Annual administration report of the Civil Veterinary Department of India - 1909-1910
Year: 1909
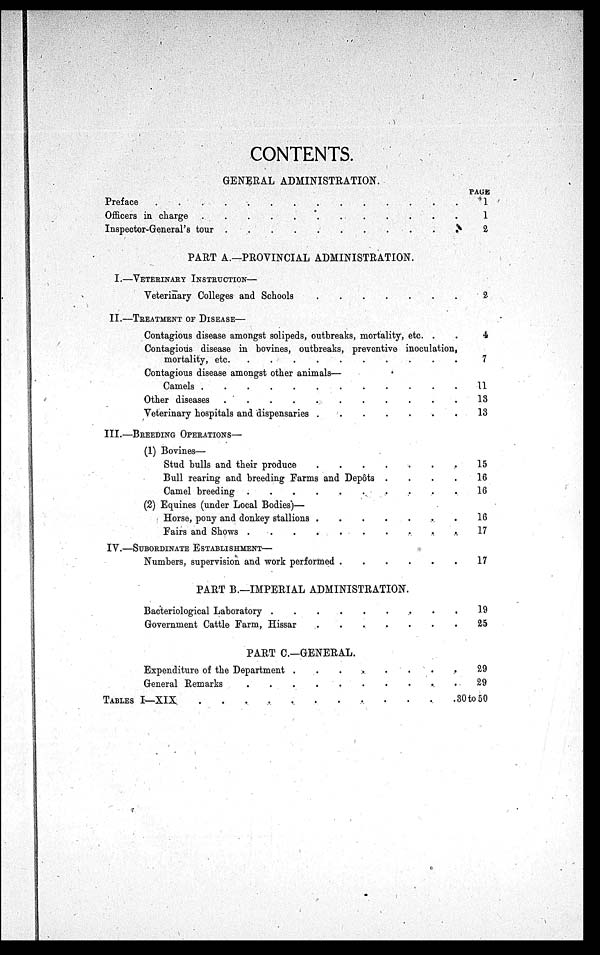
CONTENTS.
GENERAL ADMINISTRATION.
Preface . . . . . . .
Officers in charge . . . . . . .
Inspector-General's tour . . . . . . .
PART A.—PROVINCIAL ADMINISTRATION.
I.—VETERINARY INSTRUCTION—
Veterinary Colleges and Schools . . . . . . .
II.—TREATMENT OF DISEASE—
Contagious disease amongst solipeds, outbreaks, mortality, etc. . .
Contagious disease in bovines, outbreaks, preventive inoculation,
Contagious disease amongst other animals—
Camels . . . . . . .
Other diseases . . . . . . .
Veterinary hospitals and dispensaries . . . . . . .
III.—BREEDING OPERATIONS—
(1) Bovines—
Stud bulls and their produce . . . . . . .
Bull rearing and breeding Farms and Depôts .
.
.
.
Camel breeding . . . . . . .
(2) Equines (under Local Bodies)—
Horse, pony and donkey stallions . . . . . . .
Fairs and shows . . . . . . .
IV.—SUBORDINATE ESTABLISHMENT—
Numbers, supervision and work performed . . . . . . .
PART B.—IMPERIAL ADMINISTRATION.
Bacteriological Laboratory . . . . . . .
Government Cattle Farm, Hissar . . . . . . .
PART C.—GENERAL.
Expenditure of the Department . . . . . . .
General Remarks . . . . . . .
TABLE I-XIX . . . . . . .
PAGE
1
1
2
2
4
11
13
13
15
16
16
16
17
17
19
25
29
29
30 to 50